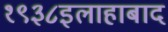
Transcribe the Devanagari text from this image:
१९३८इलाहाबाद